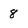
Character: 8